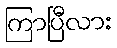
ကြာပြီလား